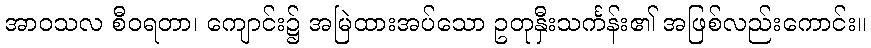
အာဝသလ စီဝရတာ၊ ကျောင်း၌ အမြဲထားအပ်သော ဥတုနှီးသင်္ကန်း၏ အဖြစ်လည်းကောင်း။